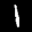
Label: 1